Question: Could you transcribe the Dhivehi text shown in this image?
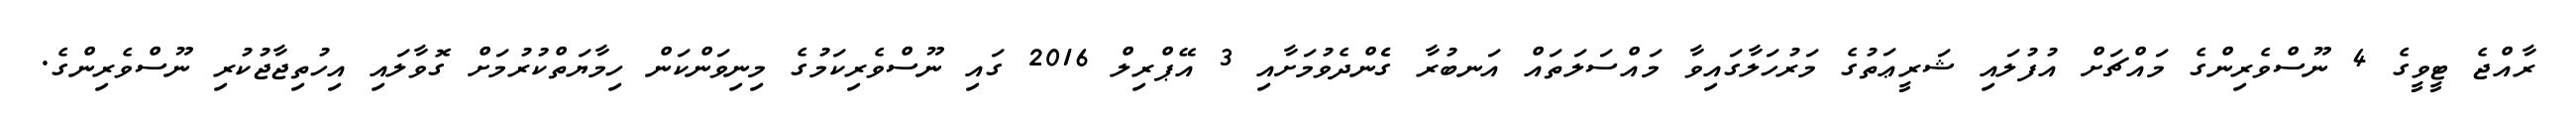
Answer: ރާއްޖެ ޓީވީގެ 4 ނޫސްވެރިންގެ މައްޗަށް އުފުލައި ޝަރީޢަތުގެ މަރުހަލާގައިވާ މައްސަލަތައް އަނބުރާ ގެެންދެވުމަށާއި 3 އޭޕްރިލް 2016 ގައި ނޫސްވެރިކަމުގެ މިނިވަންކަން ހިމާޔަތްކުރުމަށް ގޮވާލައި އިހުތިޖާޖުކުރި ނޫސްވެރިންގެ.